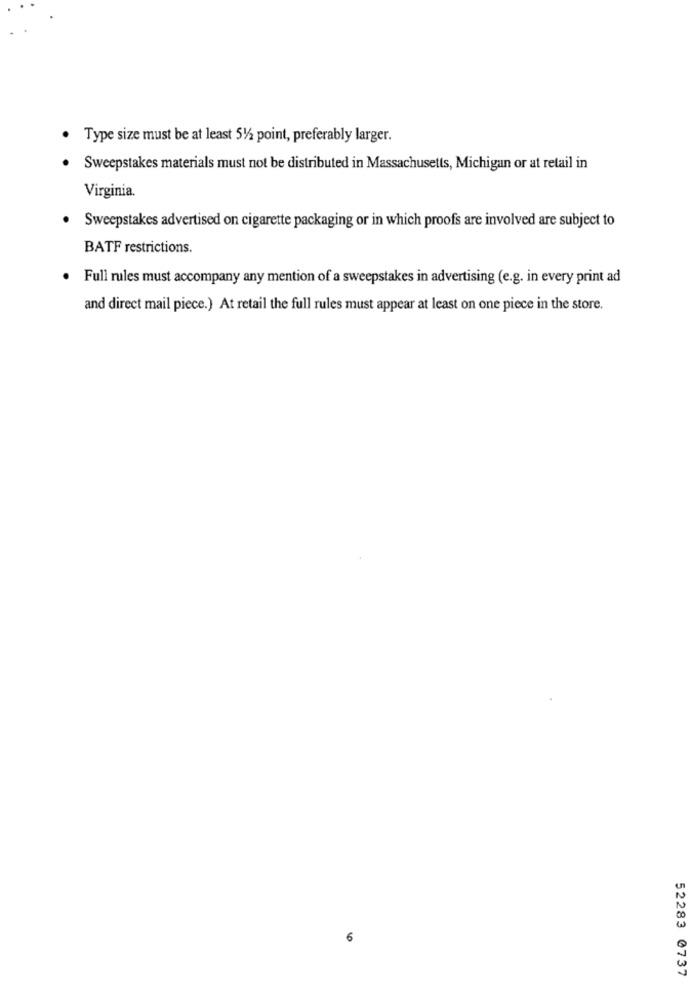
Type size must be at least 51/2 point, preferably larger.
Sweepstakes materials must not be distributed in Massachusetts, Michigan or at retail in
Virginia.
· Sweepstakes advertised on cigarette packaging or in which proofs are involved are subject to
BATF restrictions.
. Full rules must accompany any mention of a sweepstakes in advertising (e.g. in every print ad
and direct mail piece.) At retail the full rules must appear at least on one piece in the store.
52283 0737